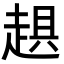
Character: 𧻾